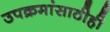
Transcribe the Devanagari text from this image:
उपक्रमांसाठीही